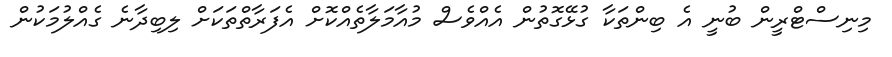
މިނިސްޓްރީން ބުނީ އެ ބިންތަކާ ގުޅޭގޮތުން އެއްވެސް މުއާމަލާތެއްކޮށް އެފަރާތްތަކަށް ލިބިދާނެ ގެއްލުމަކުން